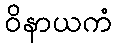
ဝိနာယကံ